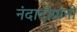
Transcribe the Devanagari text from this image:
नंदादीपांनी